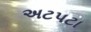
અટપટા